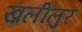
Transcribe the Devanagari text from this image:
ख़लीलुर